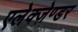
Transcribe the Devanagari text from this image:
एलेक्ज़ेण्डर